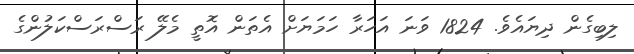
ލިބިގެން ދިޔައެވެ. 1824 ވަނަ އަހަރާ ހަމަޔަށް އެތަން އޮތީ މެލޭ ރަސްރަސްކަލުންގެ